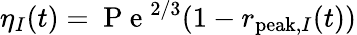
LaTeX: \eta_{I}(t)=\mathrm{~P~e~}^{2/3}(1-r_{\mathrm{peak},I}(t))